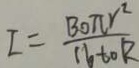
I = \frac { B o \pi r ^ { 2 } } { 1 6 t o R }